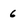
Character: 6